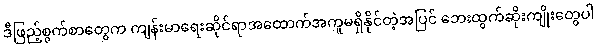
ဒီဖြည့်စွက်စာတွေက ကျန်းမာရေးဆိုင်ရာအထောက်အကူမရှိနိုင်တဲ့အပြင် ဘေးထွက်ဆိုးကျိုးတွေပါ